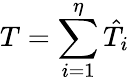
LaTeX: T=\sum_{i=1}^{\eta}\hat{T}_{i}